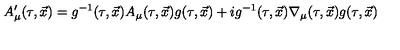
A _ { \mu } ^ { \prime } ( \tau , \vec { x } ) = g ^ { - 1 } ( \tau , \vec { x } ) A _ { \mu } ( \tau , \vec { x } ) g ( \tau , \vec { x } ) + i g ^ { - 1 } ( \tau , \vec { x } ) \nabla _ { \mu } ( \tau , \vec { x } ) g ( \tau , \vec { x } )